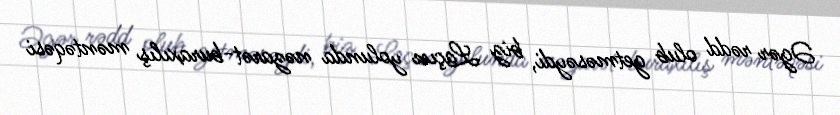
Əgər rədd olub getməsəydi, biz Laçın yolunda nəzarət-buraxılış məntəqəsi